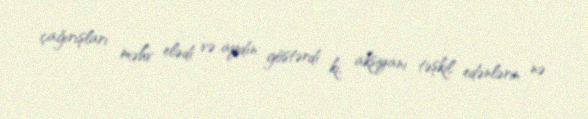
çağırışları məhv elədi və aydın göstərdi ki, aksiyanı təşkil edənlərin nə